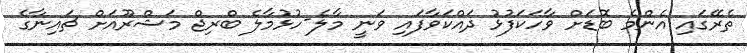
ތެރޭގައި އެންމެ ބޮޑަށް ވާހަކަފުޅު ދައްކަވާފައި ވަނީ މާލެ-ހުޅުމާލެ ބްރިޖް މަޝްރޫއަށް ޗައިނާގެ